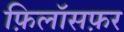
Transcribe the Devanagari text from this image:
फ़िलॉसफ़र